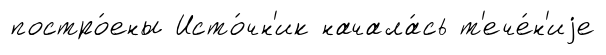
постро́ены Исто́чн'ик начала́сь т'ече́н'иjе